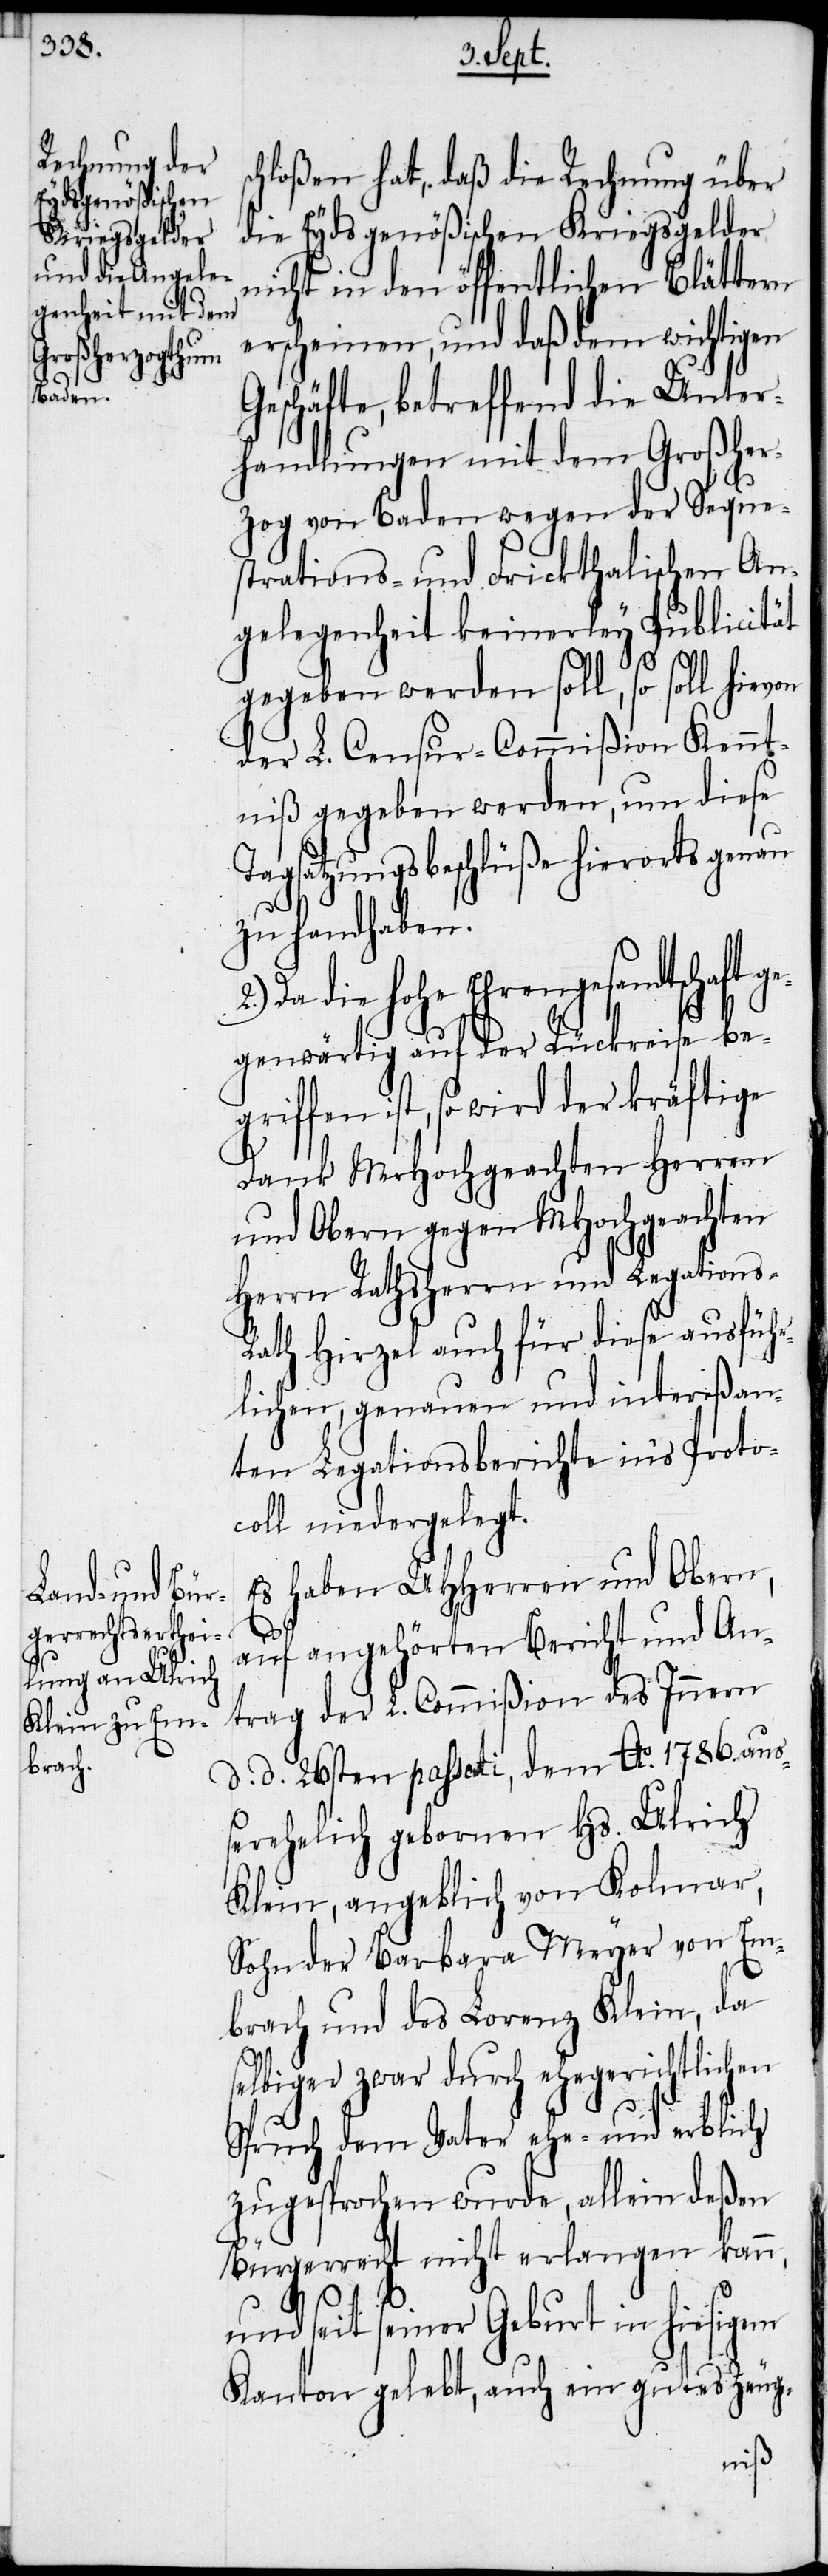
chloßen hat, daß die Rechnung über
die Eydsgenößischen Kriegsgelder
nicht in den öffentlichen Blättern
erscheinen, und daß dem wichtigen
Geschäfte, betreffend die Unter¬
handlungen mit dem Großher¬
zog von Baden wegen der Seque¬
strations- und Frickthalischen An¬
gelegenheit keinerley Publicität
gegeben werden soll, so soll hie¬
der L. Censur-Commißion Kennt¬
niß gegeben werden, um diese
Tagsatzungsbeschlüße hierorts genau
zu handhaben.
Da die hohe Ehrengesandtschaft g¬
egenwärtig auf der Rückreise beg¬
riffen ist, so wird der kräftige
Dank MrHochgeachten Herren
und Obern gegen MHochgeachten
Herrn Rathsherrn und Legation¬
ath Hirzel auch für diese ausführ¬
lichen, genauen und intereßan¬
ten Legationsberichte in’s Proto¬
coll niedergelegt.
Es haben UHHerren und Obern,
s-R¬
auf angehörten Bericht und An¬
trag der L. Commißion des Innern
d. d. 26sten passati, dem Ao. 1786. auß¬
erehelich gebornen Hs. Ulrich
Klein, angeblich von Kolmar,
Sohn der Barbara Meyer von Em¬
brach und des Lorenz Klein, da
selbiger zwar durch ehegerichtlichen
Spruch dem Vater ehe- und erblich
zugesprochen wurde, allein deßen
Bürgerrecht nicht erlangen kann,
und seit seiner Geburt in hiesigem
Kanton gelebt, auch ein gutes Zeug-